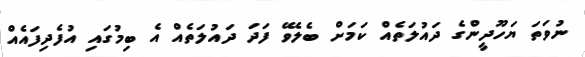
ނުވަތަ ޔަހޫދީންގެ ދައުލަތެއް ކަމަށް ބެލެވޭ ފަދަ ދައުލަތެއް އެ ބިމުގައި އުފެދިފައެއް